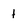
Character: 1